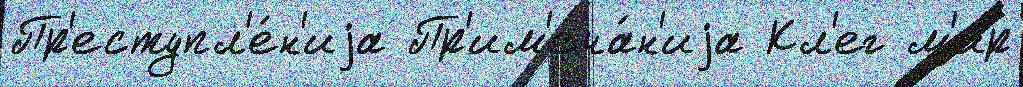
Пр'еступл'е́н'иjа Пр'им'еча́н'иjа Кл'ег м'ир